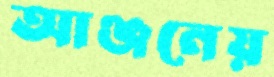
আঞ্জনেয়